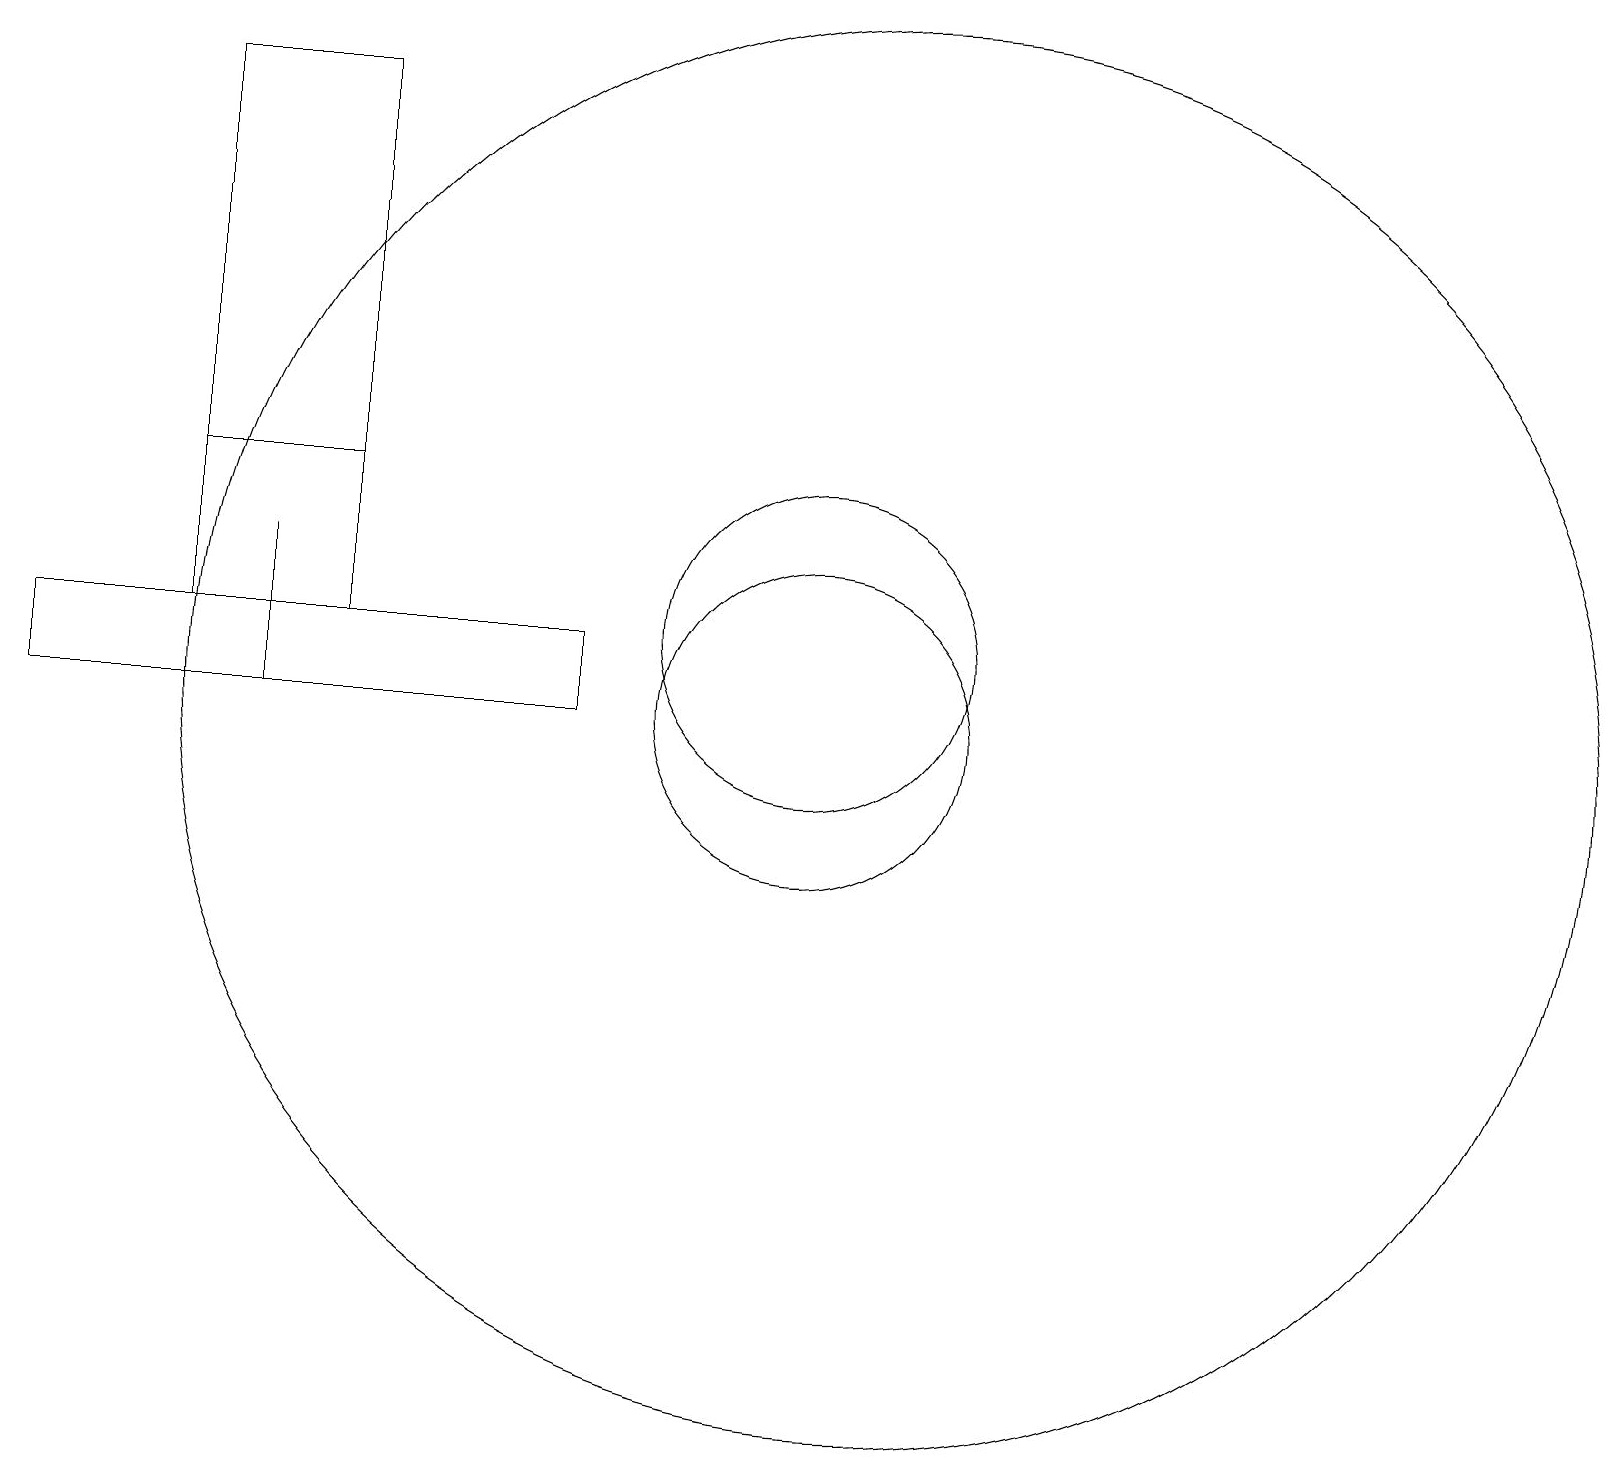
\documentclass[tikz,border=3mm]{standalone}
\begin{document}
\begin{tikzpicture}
\draw (3,13) rectangle (3,11);
\draw (11,11) circle (9);
\draw (0,12) rectangle (7,11);
\draw (4,19) rectangle (2,12);
\draw (10,11) circle (2);
\draw (12,10) circle (0);
\draw (2,12) rectangle (4,14);
\draw (10,12) circle (2);
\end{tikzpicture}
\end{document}